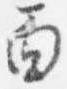
面